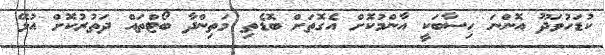
ކުޑަހުވަދޫ އޮންނަ ހިސާބަކީ އާންމުކޮށް އެގޮތަށް ބޮޑެތި މަތިންދާ ބޯޓްތައް ދަތުރުކޮށް އުޅޭ